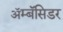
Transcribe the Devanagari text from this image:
ॲम्बॅसिडर